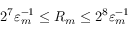
2 ^ { 7 } \varepsilon _ { m } ^ { - 1 } \leq R _ { m } \leq 2 ^ { 8 } \varepsilon _ { m } ^ { - 1 }